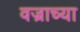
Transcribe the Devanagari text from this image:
वज्राच्या